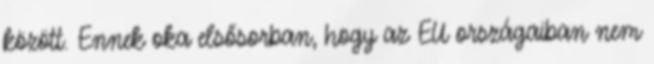
között. Ennek oka elsősorban, hogy az EU országaiban nem